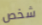
شخص